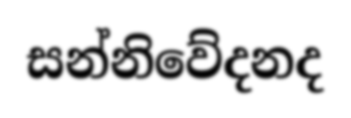
සන්නිවේදනද